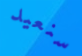
سنعيد